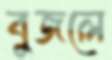
বুজলে